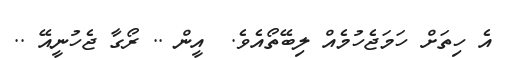
އެ ހިތަށް ހަމަޖެހުމެއް ލިބޭތޯއެވެ.  އީން .. ރޯގާ ޖެހުނީއޭ ..